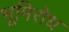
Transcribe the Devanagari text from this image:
भूमिरोध